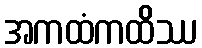
အကထံကထိဿ